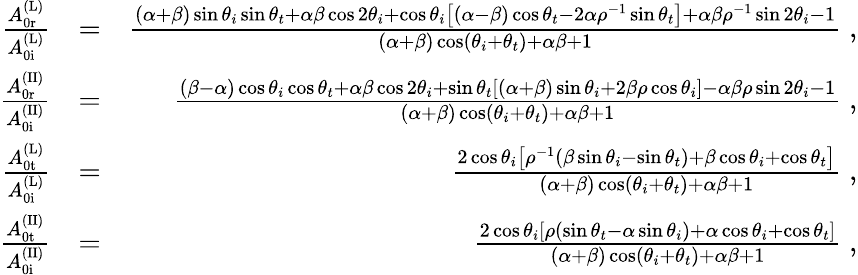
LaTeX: \begin{array}{rlr}{\frac{A_{\mathrm{0r}}^{\mathrm{(L)}}}{A_{\mathrm{0i}}^{\mathrm{(L)}}}}&{=}&{\frac{(\alpha+\beta)\sin\theta_{i}\sin\theta_{t}+\alpha\beta\cos 2\theta_{i}+\cos\theta_{i}\left[(\alpha-\beta)\cos\theta_{t}-2\alpha\rho^{-1}\sin\theta_{t}\right]+\alpha\beta\rho^{-1}\sin 2\theta_{i}-1}{(\alpha+\beta)\cos(\theta_{i}+\theta_{t})+\alpha\beta+1}\; ,}\\ {\frac{A_{\mathrm{0r}}^{\mathrm{(II)}}}{A_{\mathrm{0i}}^{\mathrm{(II)}}}}&{=}&{\frac{(\beta-\alpha)\cos\theta_{i}\cos\theta_{t}+\alpha\beta\cos 2\theta_{i}+\sin\theta_{t}\left[(\alpha+\beta)\sin\theta_{i}+2\beta\rho\cos\theta_{i}\right]-\alpha\beta\rho\sin 2\theta_{i}-1}{(\alpha+\beta)\cos(\theta_{i}+\theta_{t})+\alpha\beta+1}\; ,}\\ {\frac{A_{\mathrm{0t}}^{\mathrm{(L)}}}{A_{\mathrm{0i}}^{\mathrm{(L)}}}}&{=}&{\frac{2\cos\theta_{i}\left[\rho^{-1}(\beta\sin\theta_{i}-\sin\theta_{t})+\beta\cos\theta_{i}+\cos\theta_{t}\right]}{(\alpha+\beta)\cos(\theta_{i}+\theta_{t})+\alpha\beta+1}\; ,}\\ {\frac{A_{\mathrm{0t}}^{\mathrm{(II)}}}{A_{\mathrm{0i}}^{\mathrm{(II)}}}}&{=}&{\frac{2\cos\theta_{i}\left[\rho(\sin\theta_{t}-\alpha\sin\theta_{i})+\alpha\cos\theta_{i}+\cos\theta_{t}\right]}{(\alpha+\beta)\cos(\theta_{i}+\theta_{t})+\alpha\beta+1}\; ,}\end{array}